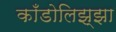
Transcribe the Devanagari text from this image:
काँडोलिझ्झा